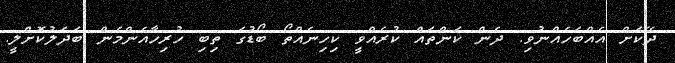
ދޭކަށް އެއްބަހެއްނުވި. ދެން ކަންތައް ކުރެއްވީ ކިހިނެއްތޯ ބޯޑުގަ ތިބި ހުރިހާއެންމެން ބަދަލުކޮށްލީ.